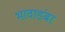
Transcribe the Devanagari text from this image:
भावाडंबर